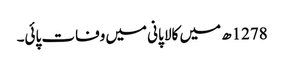
1278ھ میں کالا پانی میں وفات پائی۔